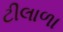
ટીલાળા